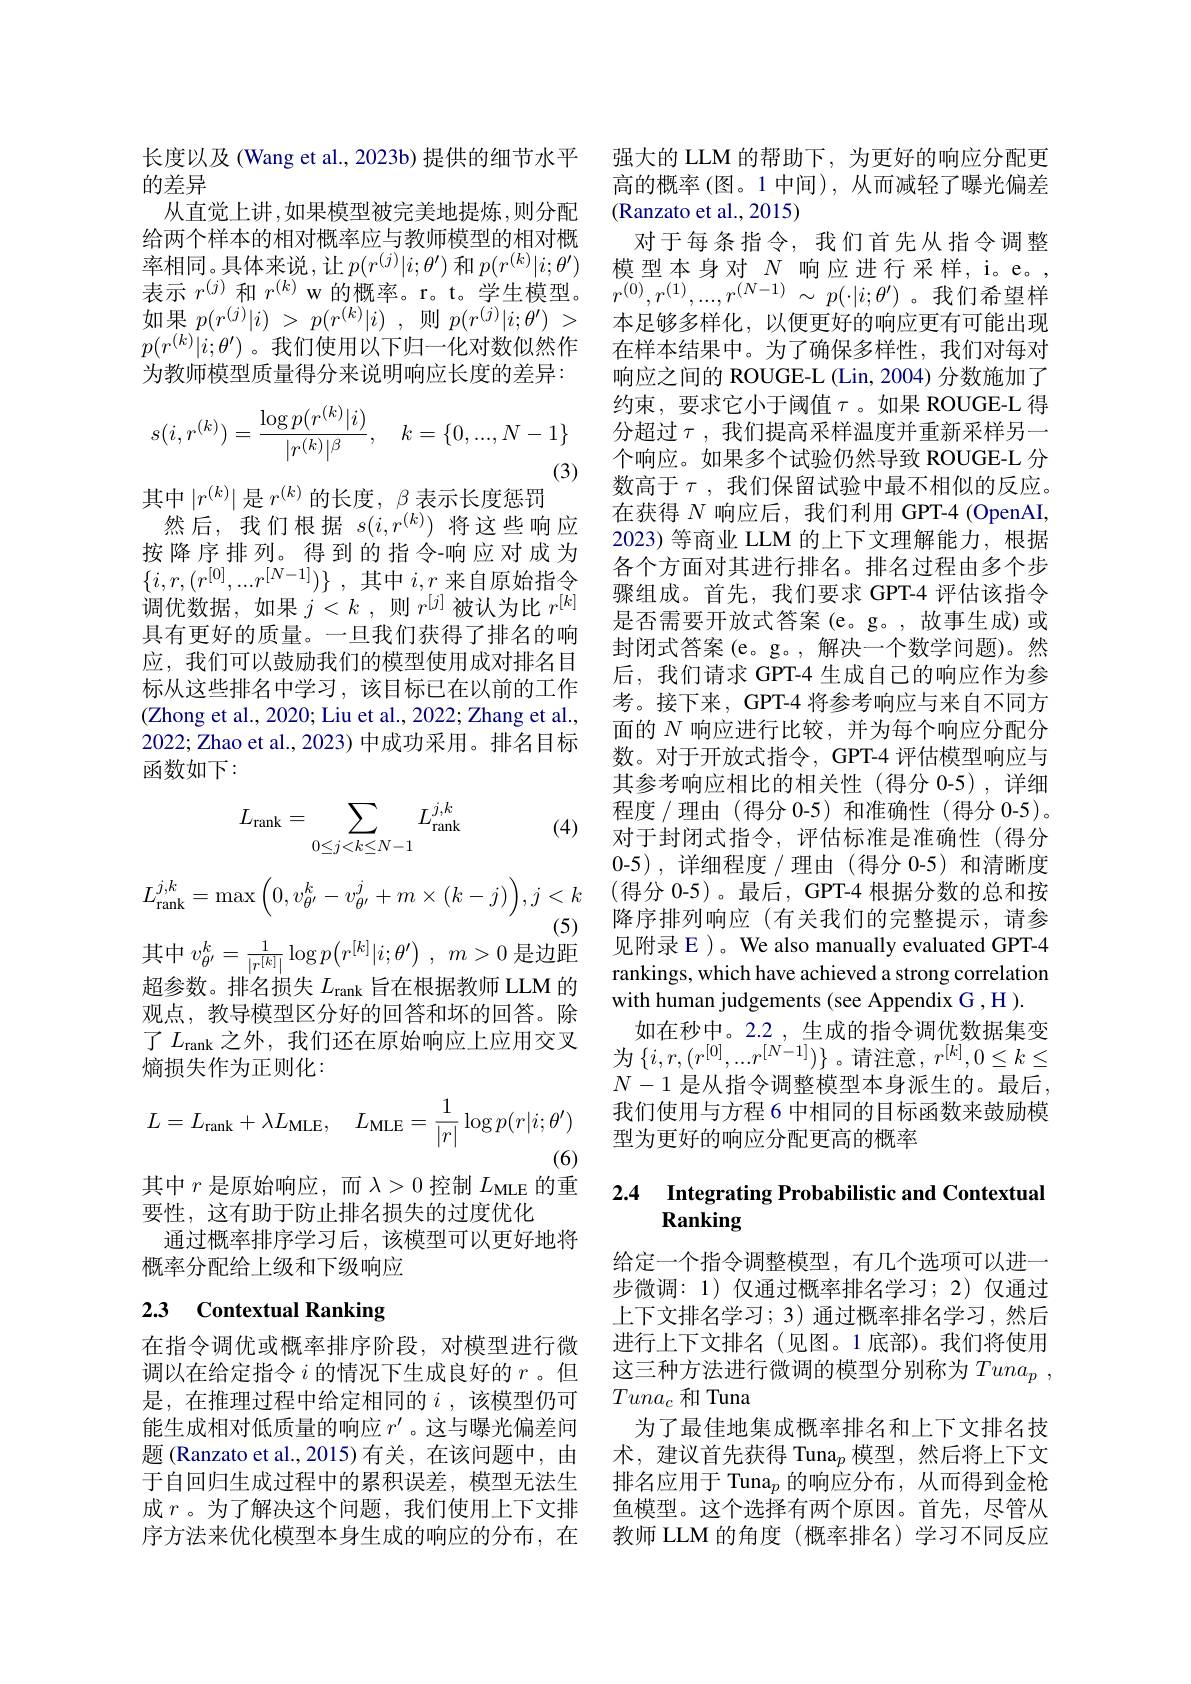
长度以及 (Wang et al., 2023b) 提供的细节水平
的差异
从直觉上讲，如果模型被完美地提炼，则分配给两个样本的相对概率应与教师模型的相对概率相同。具体来说，让$p(r^{(j)}|i;\theta^{\prime})$ 和 $p( r^{( k) }| i; \theta ^{\prime })$ 模型本身对 $N$ 响应进行采样，i。e。, 表示$r^{(j)}$和$r^{(k)}$ w 的概率。r。t。学生模型。$r^{(0)},r^{(1)},...,r^{(N-1)}\sim p(\cdot|i;\theta^{\prime})$。我们希望样如果$p( r^{( j) }| i)$ > $p( r^{( k) }| i)$ ,则$p( r^{( j) }| i; \theta ^{\prime })$ > $p(r^{(k)}|i;\theta^{\prime})$。我们使用以下归一化对数似然作为教师模型质量得分来说明响应长度的差异：
$$s(i,r^{(k)})=\frac{\log p(r^{(k)}|i)}{|r^{(k)}|^\beta},\quad k=\{0,...,N-1\}$$
(3)
其中$|r^(k)|$是$r^(k)$的长度，$\beta$表示长度惩罚
然后，我们根据$s(i,r^{(k)})$将这些响应按降序排列。得到的指令-响应对成为$\{ i, r, ( r^{[ 0] }, . . . r^{[ N- 1] }) \}$ ,其中$i,r$来自原始指令调优数据，如果$j<k$,则$r^[j]$被认为比$r^[k]$ 具有更好的质量。一旦我们获得了排名的响应，我们可以鼓励我们的模型使用成对排名目标从这些排名中学习，该目标已在以前的工作(Zhong et al., 2020; Liu et al., 2022; Zhang et al., 2022; Zhao et al., 2023) 中成功采用。排名目标函数如下：
$$L_{\mathrm{rank}}=\sum_{0\leq j<k\leq N-1}L_{\mathrm{rank}}^{j,k}$$
(4)
$$L_{\mathrm{rank}}^{j,k}=\max\Big(0,v_{\theta'}^{k}-v_{\theta'}^{j}+m\times(k-j)\Big),j<k$$
(5)
$$\text{中 }v_{\theta^{\prime}}^{k}=\frac{1}{|r^{[k]}|}\log p\big(r^{[k]}|i;\theta^{\prime}\big)\:,\:m>0\:\text{是}$$
超参数。排名损失$L_\mathrm{rank}$旨在根据教师 LLM 的观点，教导模型区分好的回答和坏的回答。除了$L_\mathrm{rank}$之外，我们还在原始响应上应用交叉熵损失作为正则化：
$$L=L_{\mathrm{rank}}+\lambda L_{\mathrm{MLE}},\quad L_{\mathrm{MLE}}=\frac{1}{|r|}\log p(r|i;\theta^{\prime})$$
(6)
其中$r$是原始响应，而$\lambda>0$控制$L_\mathrm{MLE}$的重
要性，这有助于防止排名损失的过度优化
通过概率排序学习后，该模型可以更好地将
概率分配给上级和下级响应

# 2.3 Contextual Ranking

在指令调优或概率排序阶段，对模型进行微调以在给定指令$i$的情况下生成良好的$r$ 。但是，在推理过程中给定相同的$i$,该模型仍可能生成相对低质量的响应$r^\prime$ 。这与曝光偏差问题 (Ranzato et al.,2015)有关，在该问题中，由

强大的 LLM 的帮助下，为更好的响应分配更高的概率 (图。1 中间), 从而减轻了曝光偏差(Ranzato et al., 2015)
对于每条指令，我们首先从指令调整本足够多样化，以便更好的响应更有可能出现在样本结果中。为了确保多样性，我们对每对响应之间的 ROUGE-L (Lin, 2004) 分数施加了约束，要求它小于阈值$\tau$。如果 ROUGE-L 得分超过$\tau$,我们提高采样温度并重新采样另一个响应。如果多个试验仍然导致 ROUGE-L 分数 高 于 $\tau $, 我 们 保 留 试 验 中 最 不 相 似 的 反 应 。在 获 得 $N$ 响 应 后 , 我 们 利 用 GPT- 4 ( OpenAI, 2023) 等商业 LLM 的上下文理解能力，根据各个方面对其进行排名。排名过程由多个步骤组成。首先，我们要求 GPT-4 评估该指令是否需要开放式答案(e。g。,故事生成)或封闭式答案 (e。g。, 解决一个数学问题)。然后，我们请求 GPT-4 生成自己的响应作为参考。接下来，GPT-4 将参考响应与来自不同方面的$N$响应进行比较，并为每个响应分配分数。对于开放式指令，GPT-4 评估模型响应与其参考响应相比的相关性(得分 0-5),详细程度 / 理由 (得分 0-5) 和准确性 (得分 0-5)。对于封闭式指令，评估标准是准确性(得分0-5),详细程度/理由(得分 0-5)和清晰度(得分 0-5)。最后，GPT-4 根据分数的总和按降序排列响应(有关我们的完整提示，请参见附录 E )。We also manually evaluated GPT-4 rankings, which have achieved a strong correlation with human judgements (see Appendix G ,H).
如在秒中。2.2 ,生成的指令调优数据集变为$\left\{i,r,(r^{[0]},...r^{[N-1]})\right\}$。请注意$,r^[k],0\leq k\leq$ $N-1$ 是从指令调整模型本身派生的。最后， 我们使用与方程 6 中相同的目标函数来鼓励模型为更好的响应分配更高的概率

# 2.4 Integrating Probabilistic and Contextual Ranking

给定一个指令调整模型，有几个选项可以进一步微调：1) 仅通过概率排名学习；2)仅通过上下文排名学习；3) 通过概率排名学习，然后进行上下文排名(见图。1底部)。我们将使用这三种方法进行微调的模型分别称为$Tuna_p$ , $Tuna_c$和 Tuna
为了最佳地集成概率排名和上下文排名技术，建议首先获得 Tuna$_p$模型，然后将上下文
于自回归生成过程中的累积误差，模型无法生 排名应用于 Tuna$_p$的响应分布，从而得到金枪成$r$ 。为了解决这个问题，我们使用上下文排 鱼模型。这个选择有两个原因。首先，尽管从序方法来优化模型本身生成的响应的分布，在 教师 LLM 的角度 (概率排名)学习不同反应